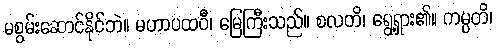
မစွမ်းဆောင်နိုင်ဘဲ။ မဟာပထဝီ၊ မြေကြီးသည်။ စလတိ၊ ရွေ့ရှား၏။ ကမ္ပတိ၊